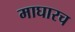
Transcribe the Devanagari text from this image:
माघारच